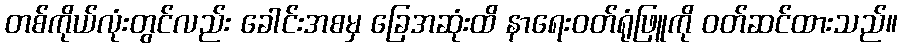
တစ်ကိုယ်လုံးတွင်လည်း ခေါင်းအစမှ ခြေအဆုံးထိ နာရေးဝတ်ရုံဖြူကို ဝတ်ဆင်ထားသည်။